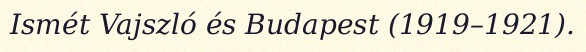
Ismét Vajszló és Budapest (1919–1921).